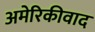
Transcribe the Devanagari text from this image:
अमेरिकीवाद